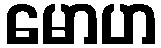
မောဟ